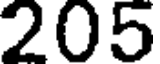
205